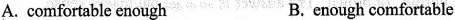
A. comfortable enough B. enough comfortable